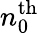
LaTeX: n_{0}^{\mathrm{th}}